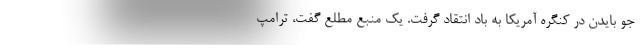
جو بایدن در کنگره آمریکا به باد انتقاد گرفت. یک منبع مطلع گفت، ترامپ